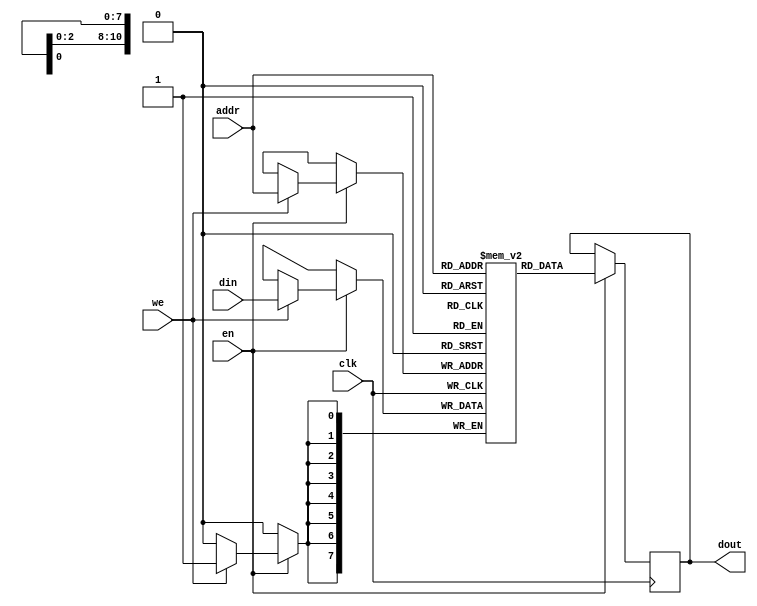
`timescale 1ns / 1ps

module sp_ram
	#(
		parameter DEPTH = 2048,
		parameter WIDTH = 8,
		
		//
		parameter ADDR_WIDTH = $clog2(DEPTH)
	)
	(  
        input wire clk,
        input wire we,
        input wire en,
        input wire [ADDR_WIDTH-1:0] addr,
        input wire [WIDTH-1:0] din,
        output wire [WIDTH-1:0] dout
    
    );
    
    reg [WIDTH-1:0] memory[DEPTH-1:0];
    reg [WIDTH-1:0] dout_reg;
    
    always @ (posedge clk)
    begin
        if(en) begin
            if(we) begin
                memory[addr] <= din;
            end
    
            dout_reg <= memory[addr];
        end
    end
    
    assign dout = dout_reg;
endmodule